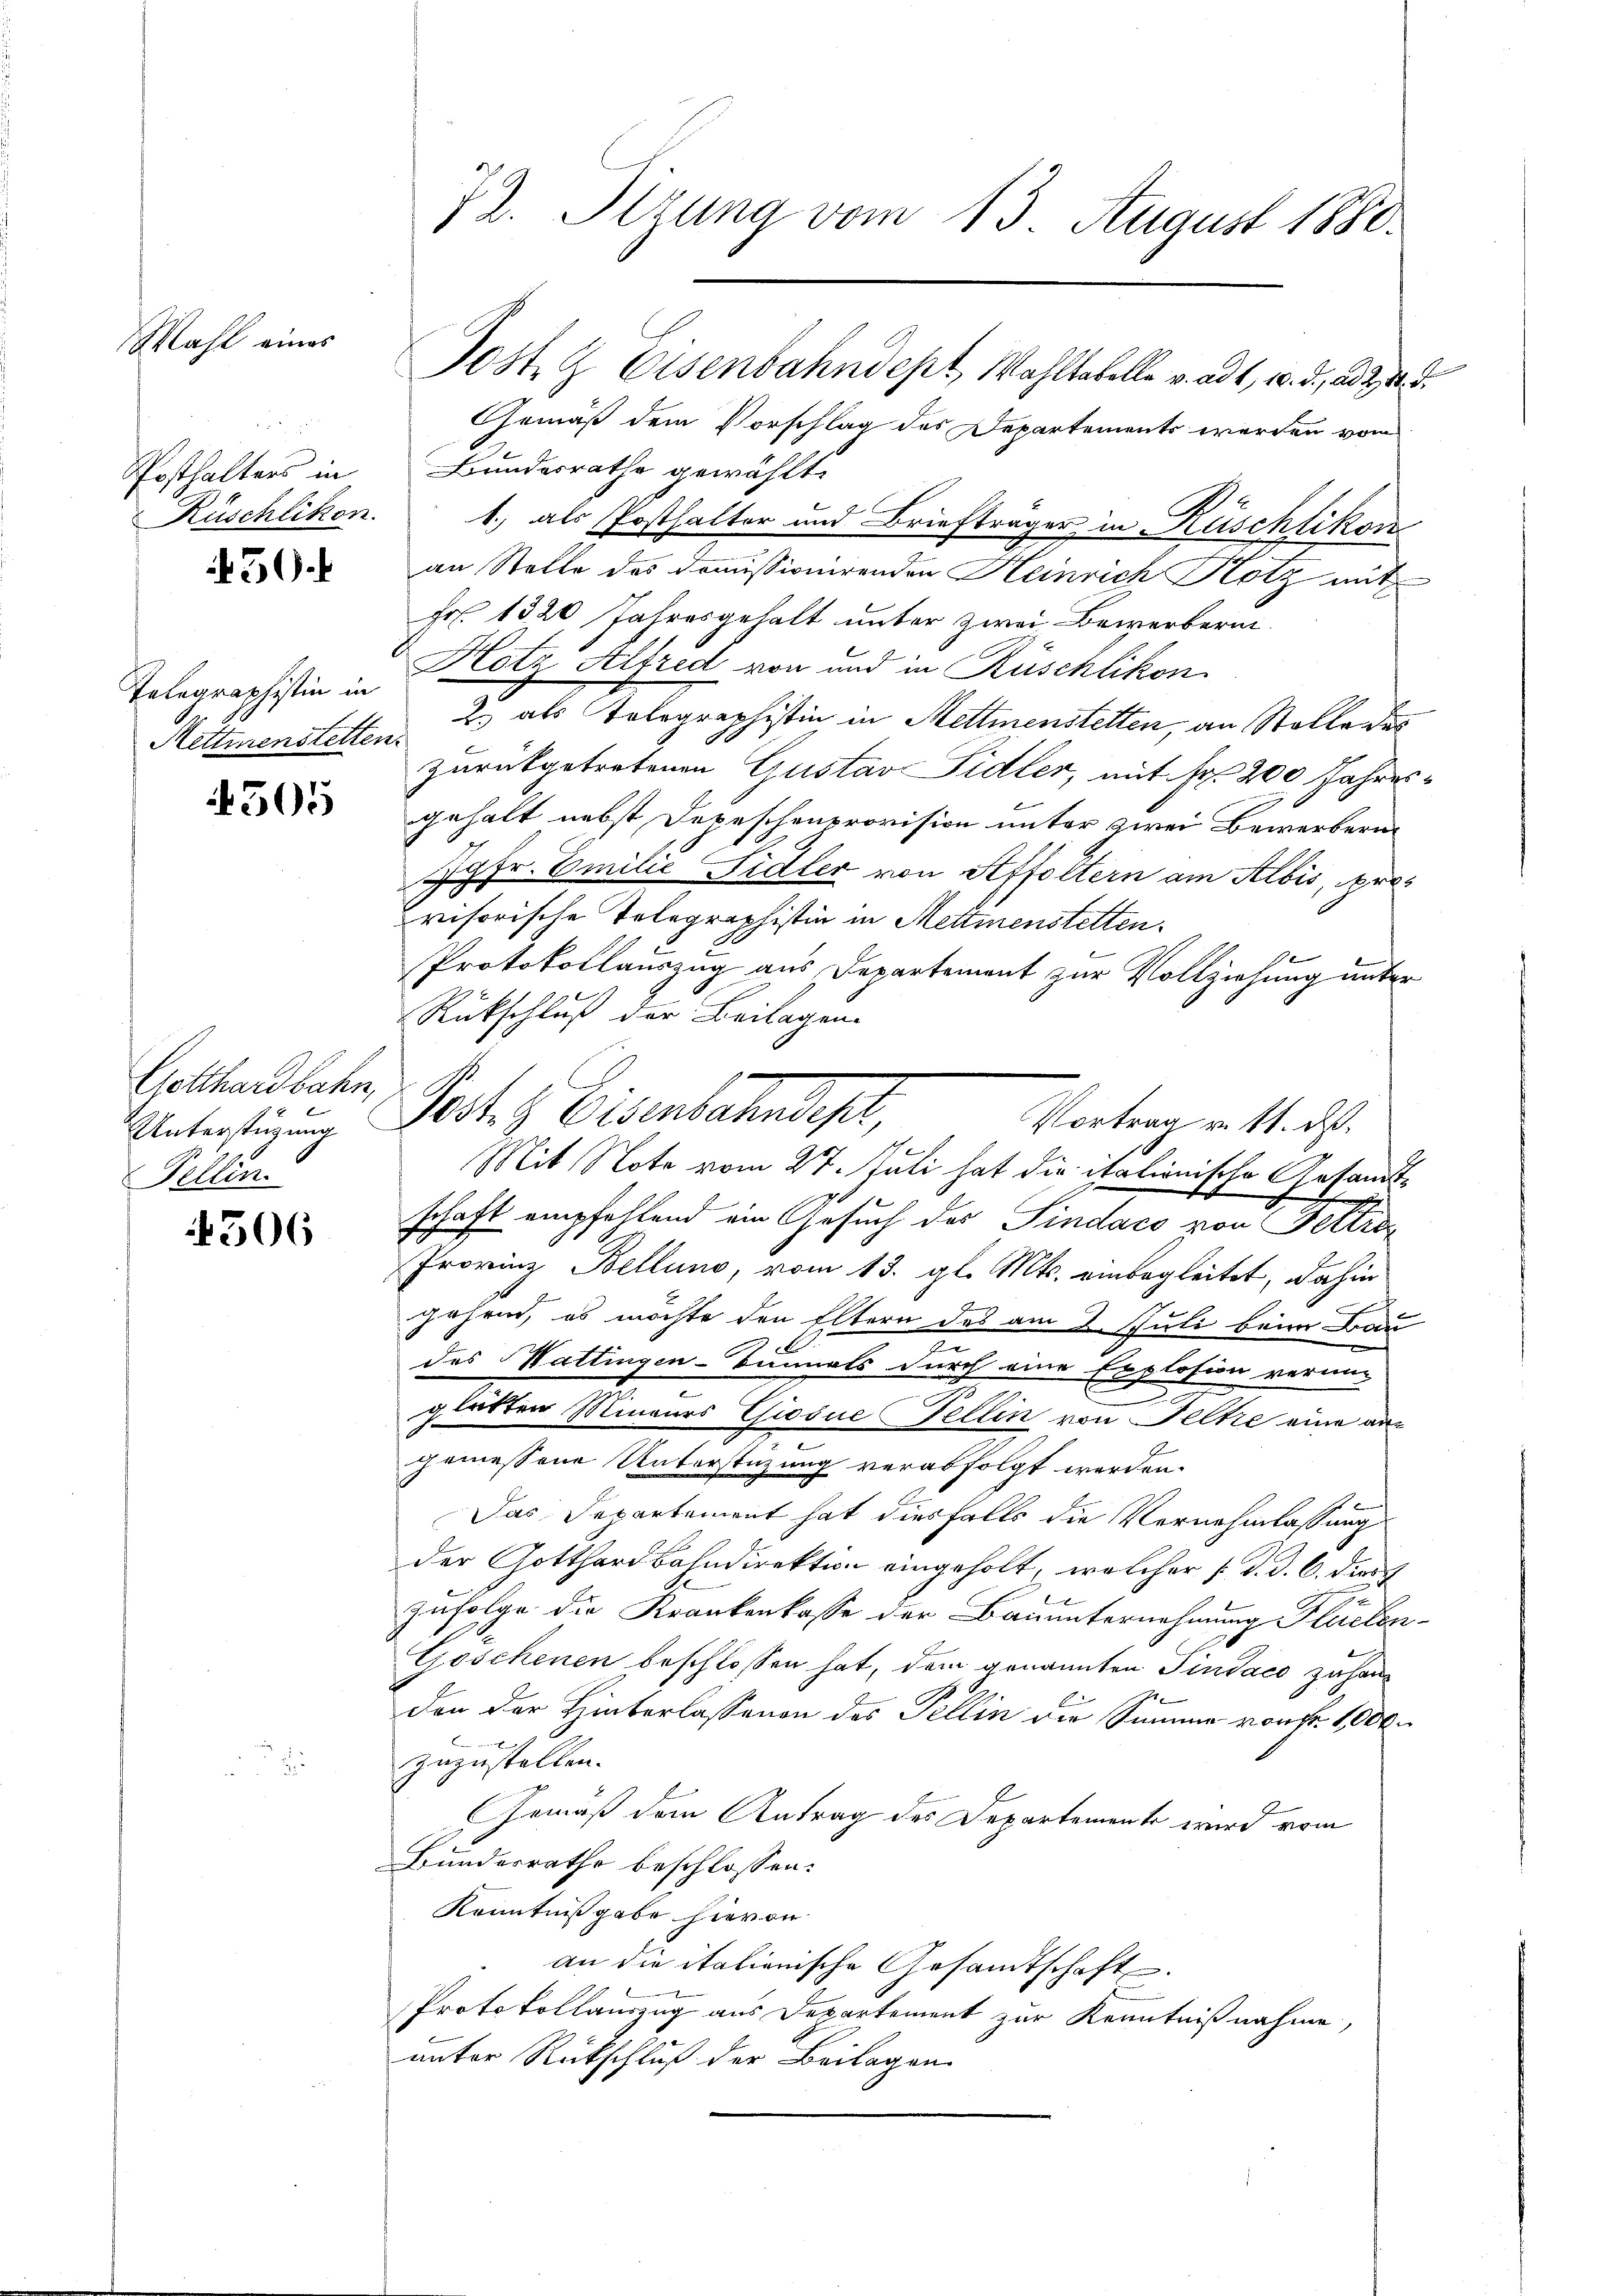
Mahl eines

Posthalters in

450.

Telegraphistin in
Mettmenstetten.

4505

Gotthardbahn,
Fellin.

4306

72. Stzung vom 13 August 1880.
Post & Eisenbahndept, Wahltabelle v. ad 1, 10. d. ad 2, 12.
Gemäß dem Vorschlag des Departements werden vom

Bundesrathe gewählt.
E
Rüschlikon. 1., als Posthalter und Briefträger in Rüschlikon
an Stelle des domissionirenden Heinrich Hotz mit
Fr. 1320 Jahresgehalt unter zwei Bewerberin¬
Hotz Alfred von und in Rüschlikon.
2) als Telegraphistin in Mettmenstetten, an Stolle des
zurückgetretenen Gustav Sidler, mit Fr. 200 Jahresgehalt nebst Depeschenprovision unter zwei Bewerbern
Jgfr. Emilie Fidler von Affoltern am Albis, provisorische Telegraphistin in Mettmenstetten.
Protokollauszug aus Departement zur Vollziehung unter
Rückschluß der Beilagen.
Unterstüzung Post z. Eisenbahndest,
Mit Note vom 27. Juli hat die italionische Gesandtschaft empfehlend ein Gesuch des Pindaco von Feltra
Provinz Bellung, vom 13. gl. Mts. einbegleitet, dahin
jahren, es möchte den Eltern des am 2. Juli beim Bau
des Wattingen-Tunnels durch eine Explosion verun-
.
glätten Mineurs Giosne Fellin von Feltze eine ane
gemessene Unterstüzung verabfolgt werden.
Das Departement hat diesfalls die Vernehmlassung
der Gotthardbahndirektion eingeholt, welcher [ d. d. 6. dire
Zufolge die Krankenkasse der Bauunternehmung Plaicten¬
Goschenen beschlossen hat, dem genannten Pindaco zu handen der Hinterlassenen des Tellin die Summe von Fr. 1000.
zuzustellen.
Gemäß dem Antrag des Departemente wird vom
Bunderrathe beschlossen:
Kenntnißgabe hievon
an die italionische Gesandtschaft.
Protokollauszug aus Departement zur Kenntnißnahme,
unter Rückschluß der Beilagen

Vortrag v. 11. ds.